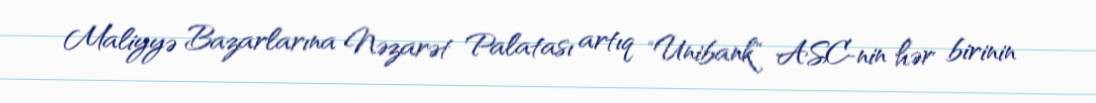
Maliyyə Bazarlarına Nəzarət Palatası artıq "Unibank" ASC-nin hər birinin